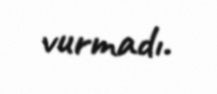
vurmadı.